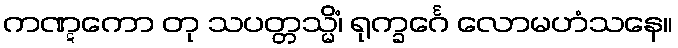
ကဏ္ဋကော တု သပတ္တသ္မိံ၊ ရုက္ခင်္ဂေ လောမဟံသနေ။